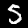
Digit: 5